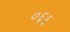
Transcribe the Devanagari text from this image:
०६६